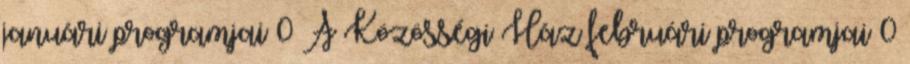
januári programjai 0 A Közösségi Ház februári programjai 0